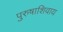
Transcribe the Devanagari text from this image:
पुरुषाशिवाय